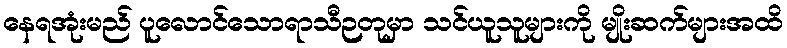
နေရအုံးမည် ပူလောင်သောရာသီဉတုမှာ သင်ယူသူများကို မျိုးဆက်များအထိ